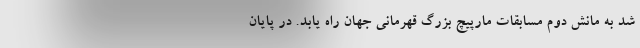
شد به مانش دوم مسابقات مارپیچ بزرگ قهرمانی جهان راه یابد. در پایان